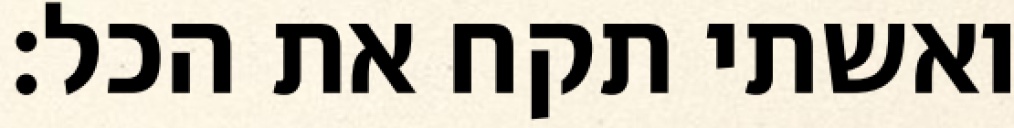
ואשתי תקח את הכל: